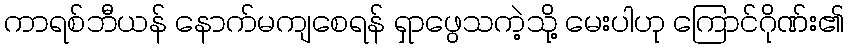
ကာရစ်ဘီယန် နောက်မကျစေရန် ရှာဖွေသကဲ့သို့ မေးပါဟု ကြောင်ဂိုဏ်း၏